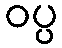
ဝပ္ပ